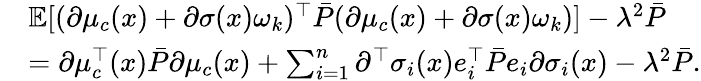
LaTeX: \begin{array}{rl}&{{\mathbb E}[(\partial\mu_{c}(x)+\partial\sigma(x)\omega_{k})^{\top}\bar{P}(\partial\mu_{c}(x)+\partial\sigma(x)\omega_{k})]-\lambda^{2}\bar{P}}\\ &{=\partial\mu_{c}^{\top}(x)\bar{P}\partial\mu_{c}(x)+\sum_{i=1}^{n}\partial^{\top}\sigma_{i}(x)e_{i}^{\top}\bar{P}e_{i}\partial\sigma_{i}(x)-\lambda^{2}\bar{P}.}\end{array}